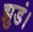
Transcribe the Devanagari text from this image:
झुडं।